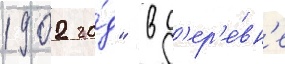
1902 го́д" в д'ер'е́вн'е